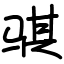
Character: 骐